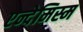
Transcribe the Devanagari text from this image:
एन्देमिस्म